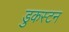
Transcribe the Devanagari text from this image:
डुकस्टन